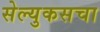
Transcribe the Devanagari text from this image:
सेल्युकसचा